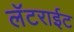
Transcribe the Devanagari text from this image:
लॅटराईट